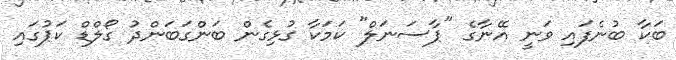
ބަކާ ބުނެފައި ވަނީ އޭނާގެ "ޕާސަނަލް" ކަމަކާ ގުޅިގެން ބަންގަބަންދު ގޯލްޑް ކަޕުގައި